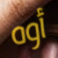
أوه